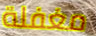
مغفلة